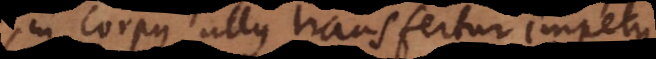
in corpus ullus transfertur impetus